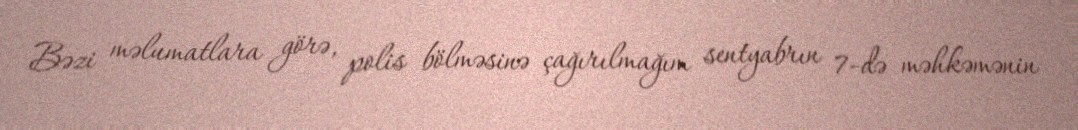
Bəzi məlumatlara görə, polis bölməsinə çağırılmağım sentyabrın 7-də məhkəmənin